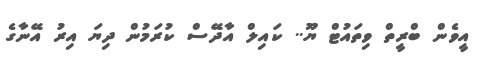
އީވެން ބްރީތް ވިތައުޓް ޔޫ.. ކައިލް އާދޭސް ކުރަމުން ދިޔަ އިރު އޭނާގެ